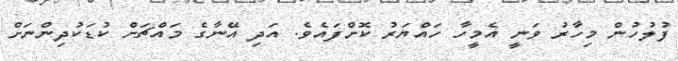
ފުލުހުން މިހާރު ވަނީ އެމީހާ ހައްޔަރު ކޮށްފައެވެ. އަދި އޭނާގެ މައްޗަށް ކުޑަކުދިންނަށް